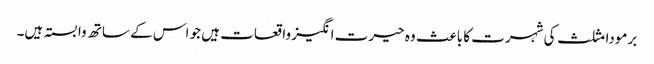
برمودا مثلث کی شہرت کا باعث وہ حیرت انگیز واقعات ہیں جو اس کے ساتھ وابستہ ہیں۔